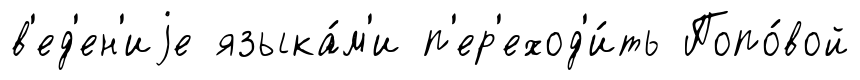
в'ед'ен'иjе языка́м'и п'ер'еход'и́ть Попо́вой